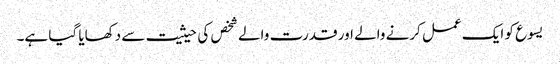
یسوع کو ایک عمل کرنے والے اور قدرت والے شخص کی حیثیت سے دکھایا گیا ہے۔